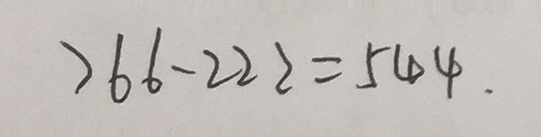
7 6 6 - 2 2 2 = 5 4 4 .